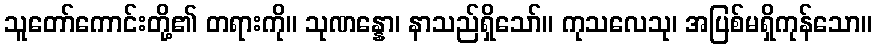
သူတော်ကောင်းတို့၏ တရားကို။ သုဏန္နော၊ နာသည်ရှိသော်။ ကုသလေသု၊ အပြစ်မရှိကုန်သော။